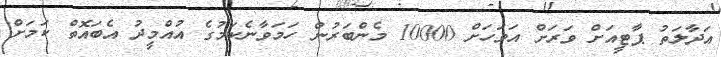
އަދާލަތު ޕާޓީއަށް ވަރަށް އަވަހަށް 10000 މެންބަރުން ހަމަވާނެކަމުގެ އުއްމީދު އެބައޮތް ކަމަށް